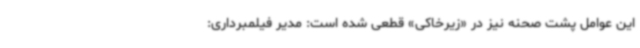
این عوامل پشت صحنه نیز در «زیرخاکی» قطعی شده است: مدیر فیلمبرداری: